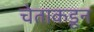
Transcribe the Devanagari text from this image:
चेताकडून